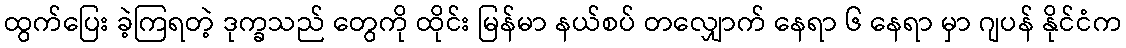
ထွက်ပြေး ခဲ့ကြရတဲ့ ဒုက္ခသည် တွေကို ထိုင်း မြန်မာ နယ်စပ် တလျှောက် နေရာ ၆ နေရာ မှာ ဂျပန် နိုင်ငံက